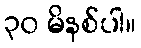
၃၀ မိနစ်ပါ။